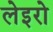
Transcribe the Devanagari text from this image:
लेइरो